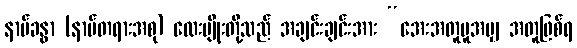
နာမ်ခန္ဓာ (နာမ်တရားအစု) လေးမျိုးတို့သည် အချင်းချင်းအား “အေးအတူပူအမျှ အတူဖြစ်ရ